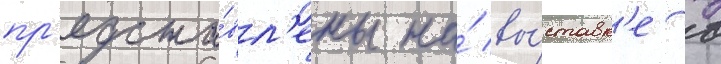
пр'едста́вл'ены на́ вы́ставк'е в